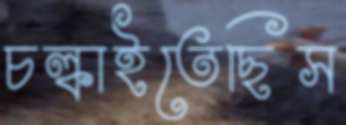
চল্‌কাইতেছিস